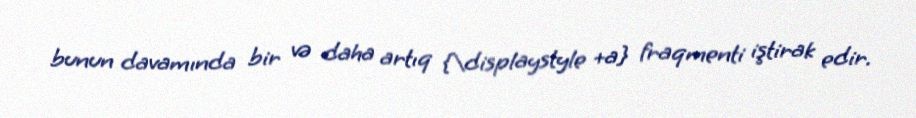
bunun davamında bir və daha artıq {\displaystyle +a} fraqmenti iştirak edir.